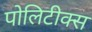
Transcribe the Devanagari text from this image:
पोलिटीक्स